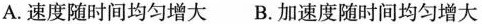
A.速度随时间均匀增大 B.加速度随时间均匀增大